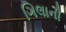
ગિલાની